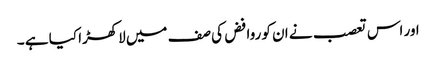
اور اس تعصب نے ان کو روافض کی صف میں لاکھڑا کیا ہے ۔